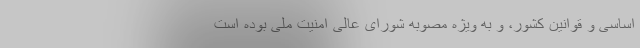
اساسی و قوانین کشور، و به ویژه مصوبه شورای عالی امنیت ملی بوده است